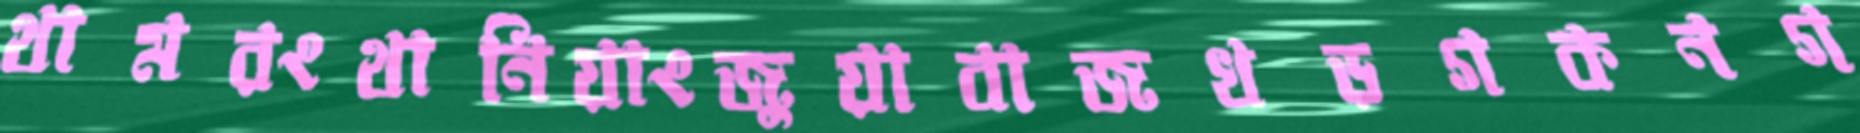
থামরংথানিয়াংজুয়াবাজখড়গকনগ